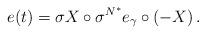
LaTeX: \begin{align*} e(t)=\sigma X\circ \sigma ^{N^*}e_{\gamma }\circ (-X)\, .\end{align*}